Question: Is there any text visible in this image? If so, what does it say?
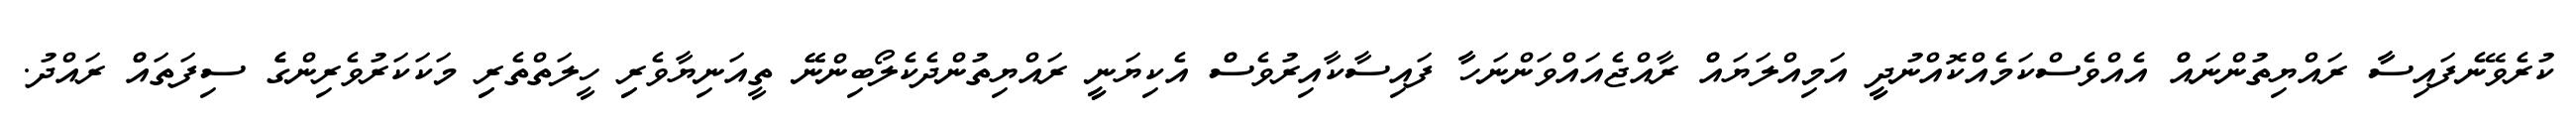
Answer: ކުރެވޭނެފައިސާާ ރައްޔިތުންނައްް އެއްވެސްކަމެއްކޮއްނުދީީ އަމިއްލަޔައްް ރާއްޖެއައްވަންނަހާާ ފައިސާކާއިރުވެސްް އެކިޔަނީީ ރައްޔިތުންދެކެލޯބިންނޭޭ ތީއަނިޔާވެރިި ހީލަތްތެރިި މަކަކަރުވެރިންގެެ ސިފަތައްް ރައްދު.